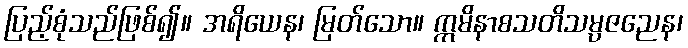
ပြည့်စုံသည်ဖြစ်၍။ အရိယေန၊ မြတ်သော။ ဣမိနာစသတိသမ္ပဇညေန၊